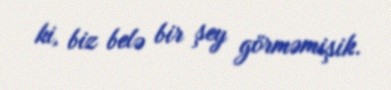
ki, biz belə bir şey görməmişik.